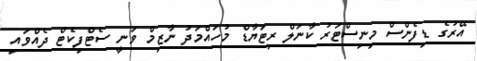
އޭރުގެ ޑިފެންސް މިނިސްޓަރު ކާނަލް ރިޓަޔާޑް މުހައްމަދު ނާޒިމް ވަނީ ސެޓްފިކެޓް ދެއްވައި